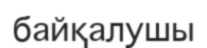
байқалушы